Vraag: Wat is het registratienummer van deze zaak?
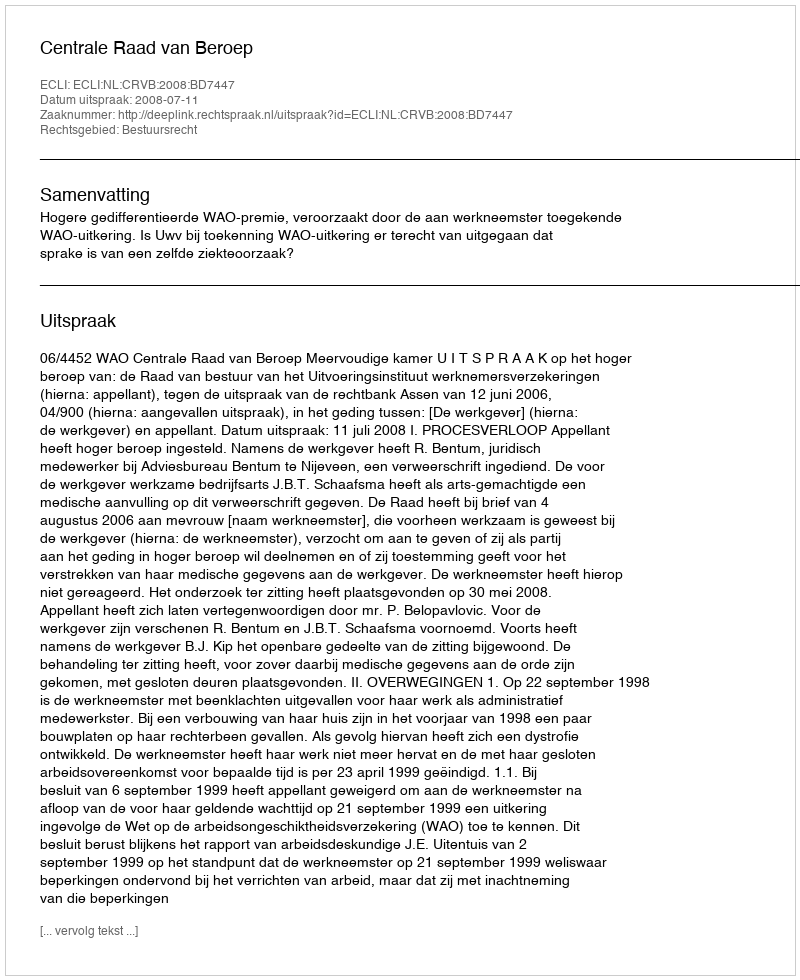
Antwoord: http://deeplink.rechtspraak.nl/uitspraak?id=ECLI:NL:CRVB:2008:BD7447